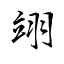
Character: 翊